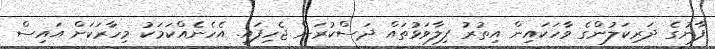
ފާނުގެ ދަރިކަލުންގެ ވާހަކައިން އިތުރު ފިލާވަޅުތައް ދަސްކުރަން ޖެހިފައި. އެހެނެއްކަމަކު މިހާރަކަށް އައިސް